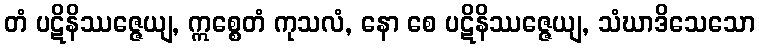
တံ ပဋိနိဿဇ္ဇေယျ, ဣစ္စေတံ ကုသလံ, နော စေ ပဋိနိဿဇ္ဇေယျ, သံဃာဒိသေသော